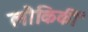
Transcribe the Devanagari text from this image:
लौकिकीं